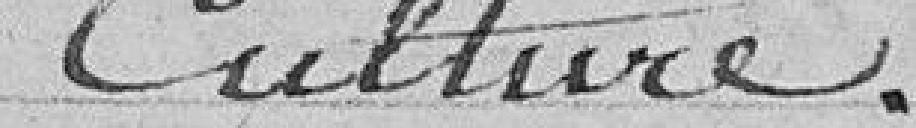
Culture